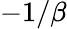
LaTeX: -1/\beta